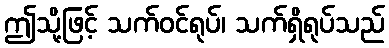
ဤသို့ဖြင့် သက်ဝင်ရုပ်၊ သက်ရှိရုပ်သည်